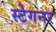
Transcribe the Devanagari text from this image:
स्टेगनर